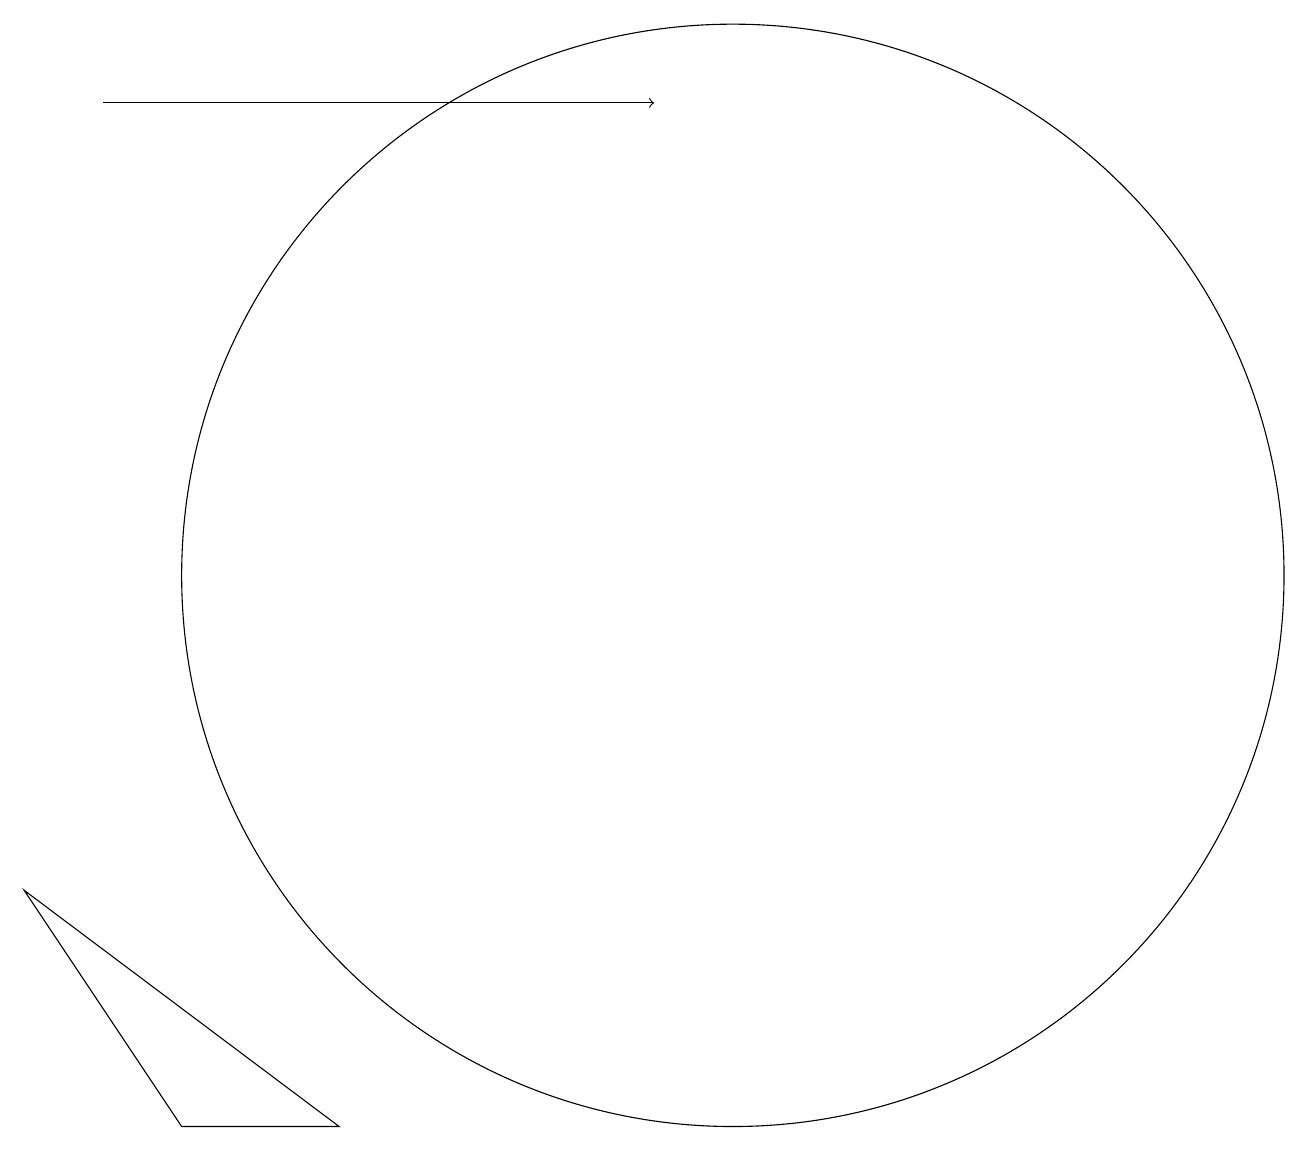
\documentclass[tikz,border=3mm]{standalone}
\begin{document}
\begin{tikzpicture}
\draw (11,12) circle (0);
\draw (3,4) -- (5,4) -- (1,7) -- cycle;
\draw[->] (2,17) -- (9,17);
\draw (10,11) circle (7);
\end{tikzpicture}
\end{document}